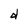
Character: d